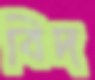
বিদ